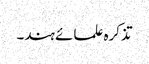
تذکرہ علمائے ہند۔